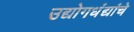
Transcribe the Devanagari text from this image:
उद्योगधंद्यांचे